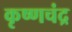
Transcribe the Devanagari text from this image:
कृष्‍णचंद्र